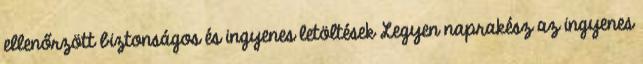
ellenőrzött biztonságos és ingyenes letöltések Legyen naprakész az ingyenes